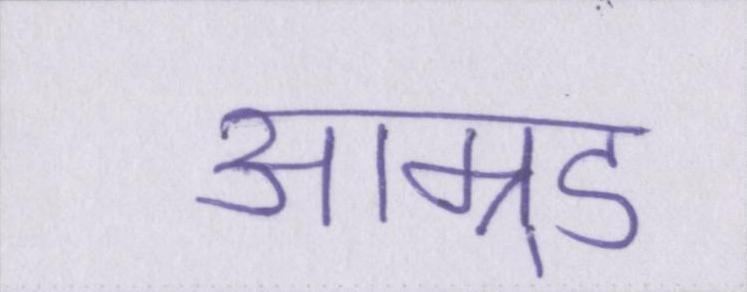
आम्र्ड